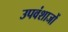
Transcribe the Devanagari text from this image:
उपवंशाजों